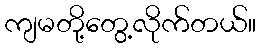
ကျမတို့တွေ့လိုက်တယ်။